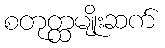
စတုတ္ထမျိုးဆက်